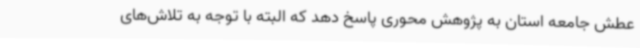
عطش جامعه استان به پژوهش محوری پاسخ دهد که البته با توجه به تلاش‌های